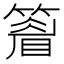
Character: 𥴔